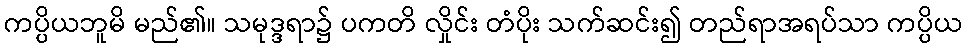
ကပ္ပိယဘူမိ မည်၏။ သမုဒ္ဒရာ၌ ပကတိ လှိုင်း တံပိုး သက်ဆင်း၍ တည်ရာအရပ်သာ ကပ္ပိယ